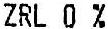
ZRL 0 %